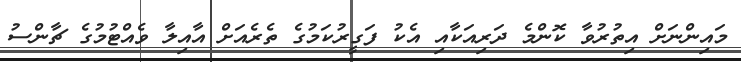
މައިންނަށް އިތުރުވާ ކޮންމެ ދަރިއަކާއި އެކު ފަގީރުކަމުގެ ތެރެއަށް އާއިލާ ވެއްޓުމުގެ ޗާންސު